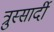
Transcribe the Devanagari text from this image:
त्रुस्सार्दी